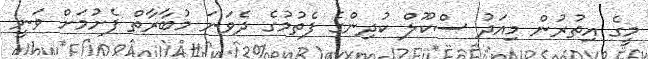
މީގެ އިތުރުން މިއަދު ސްކޫލް ކުދިންގެ ފެތުމުގެ ދެވަނަ މުބާރާތް ފެށުމަށް ވަނީ